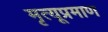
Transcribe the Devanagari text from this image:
मृत्यूप्रमाण